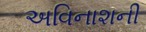
અવિનાશની